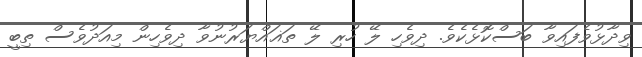
ވިދާޅުވެފައިވާ ބަސްކޮޅެކެވެ. ދިވެހި ލޭ ހުރި ލޭ ތަޣައްޔަރުނުވާ ދިވެހިން މިއަދުވެސް ތިބީ